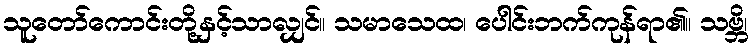
သူတော်ကောင်းတို့နှင့်သာလျှင်။ သမာသေထ၊ ပေါင်းဘက်ကုန်ရာ၏။ သဗ္ဘိ၊